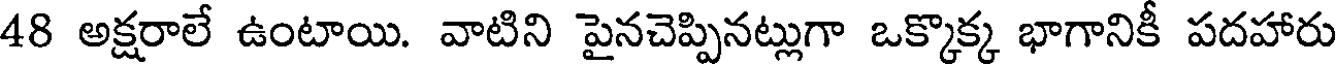
48 అక్షరాలే ఉంటాయి. వాటిని పైనచెప్పినట్లుగా ఒక్కొక్క భాగానికీ పదహారు